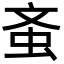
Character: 蚉